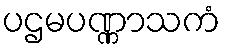
ပဌမပဏ္ဏာသကံ